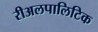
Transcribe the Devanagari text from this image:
रीअलपालिटिक